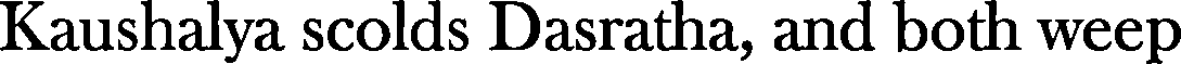
Kaushalya scolds Dasratha, and both weep